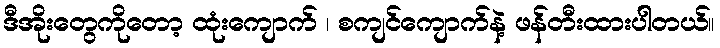
ဒီအိုးတွေကိုတော့ ထုံးကျောက် ၊ စကျင်ကျောက်နဲ့ ဖန်တီးထားပါတယ်။